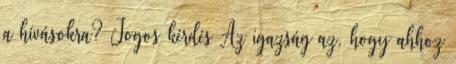
a hívá­sokra? Jogos kérdés Az igazság az, hogy ahhoz